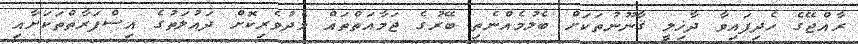
ރާއްޖޭގެ ހެދިފައިވާ ދާޚިލީ ޤާނޫނުތަކަށް ބެލުމެއްނެތި ބޭރުގެ ޖަމާއަތްތައް މެދުވެރިކޮށް ދައުލަތުގެ އިސްފަރާތްތަކަށާއި